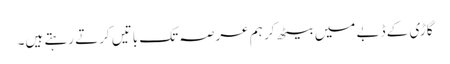
گاڑی کے ڈبے میں بیٹھ کر ہم عرصہ تک باتیں کرتے رہتے ہیں۔